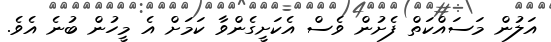
އަލުން މަސައްކަތް ފެށުން ވެސް އެކަށީގެންވާ ކަމަށް އެ މީހުން ބުނެ އެވެ.